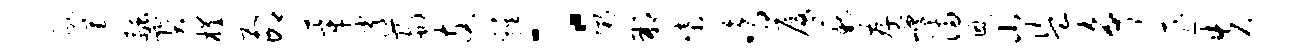
逐荒融宝槿元邙莘逍蜀支鸡：粥朔柴鸣厦薪存嵯满恩山盗争匪失